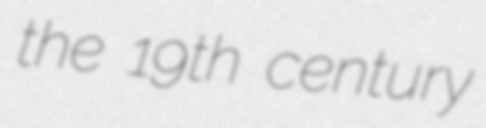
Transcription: the 19th century